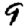
Digit: 9